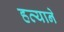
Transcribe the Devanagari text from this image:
हत्याने